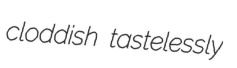
cloddish tastelessly